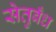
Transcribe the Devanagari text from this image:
सेतुबँध